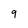
Character: 9